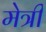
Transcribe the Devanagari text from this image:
मेत्री